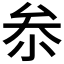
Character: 𠫭